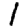
Digit: 1